Report on the working of the mental hospitals for Indians in Bihar and Orissa - 1925-1929
Year: 1925
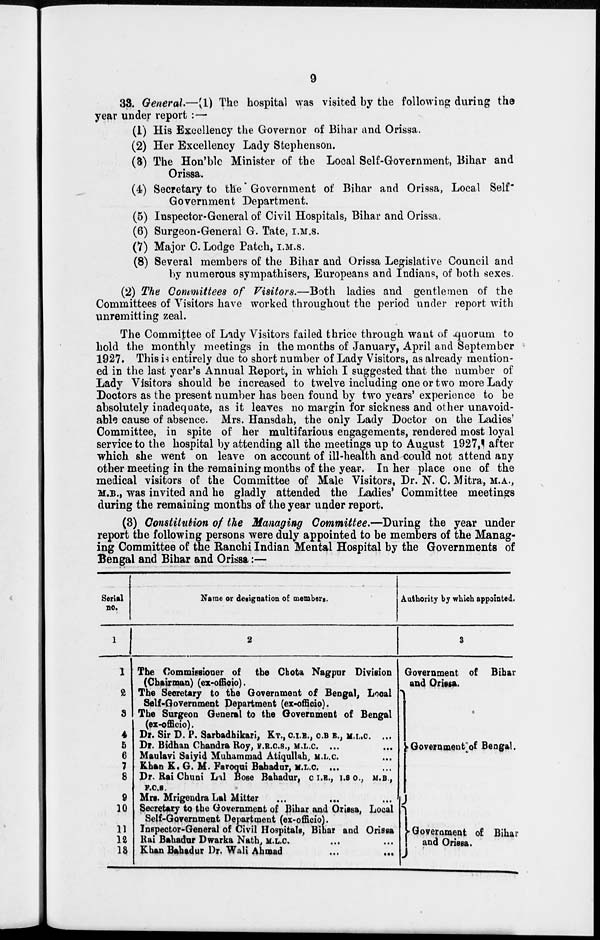
9
33. General.—(1) The hospital was visited by the following during the
year under report :—
(1) His Excellency the Governor of Bihar and Orissa.
(2) Her Excellency Lady Stephenson.
(3) The Hon'ble Minister of the Local Self-Government, Bihar and
Orissa.
(4) Secretary to the Government of Bihar and Orissa, Local Self-
Government Department.
(5) Inspector-General of Civil Hospitals, Bihar and Orissa.
(6) Surgeon-General G. Tate, I.M.S.
(7) Major C.Lodge Patch, I.M.S.
(8) Several members of the Bihar and Orissa Legislative Council and
by numerous sympathisers, Europeans and Indians, of both sexes.
(2) The Committees of Visitors.—Both ladies and gentlemen of the
Committees of Visitors have worked throughout the period under report with
unremitting zeal.
The Committee of Lady Visitors failed thrice through want of quorum to
hold the monthly meetings in the months of January, April and September
1927. This is entirely due to short number of Lady Visitors, as already mention-
ed in the last year's Annual Report, in which I suggested that the number of
Lady Visitors should be increased to twelve including one or two more Lady
Doctors as the present number has been found by two years' experience to be
absolutely inadequate, as it leaves no margin for sickness and other unavoid-
able cause of absence. Mrs. Hansdah, the only Lady Doctor on the Ladies'
Committee, in spite of her multifarious engagements, rendered most loyal
service to the hospital by attending all the meetings up to August 1927, after
which she went on leave on account of ill-health and could not attend any
other meeting in the remaining months of the year. In her place one of the
medical visitors of the Committee of Male Visitors, Dr. N. C. Mitra, M.A.,
M.B., was invited and he gladly attended the Ladies' Committee meetings
during the remaining months of the year under report.
(3) Constitution of the Managing Committee.—During the year under
report the following persons were duly appointed to be members of the Manag-
ing Committee of the Ranchi Indian Mental Hospital by the Governments of
Bengal and Bihar and Orissa:—
Serial
no.
1
1
2
3
4
5
6
7
8
9
10
11
12
13
Name or designation of members.
2
The Commissioner of the Chota Nagpur Division
(Chairman) (ex-officio).
The Secretary to the Government of Bengal, Local
Self-Government Department (ex-officio).
The Surgeon General to the Government of Bengal
(ex-officio).
Dr. Sir D. P. Sarbadhikari, KT., C.I.E., C.B.E., M.L.C. ...
Dr. Bidhan Chandra Roy, F.R.C.S., M.L.C. ...
...
Maulavi Saiyid Muhammad Atiqullah, M.L.C. ...
Khan K. G. M. Faroqui Bahadur, M.L.C. ... ...
Dr. Rai Chuni Lal Bose Bahadur, C.I.E., I.S.O., M.B.,
F.C.S.
Mrs. Mrigendra Lal Mitter
...
...
...
Secretary to the Government of Bihar and Orissa, Local
Self-Government Department (ex-officio).
Inspector-General of Civil Hospitals, Bihar and Orissa
Rai Bahadur Dwarka Nath, M.L.C. ... ...
Khan Bahadur Dr. Wali Ahmad ... ...
Authority by which appointed.
3
Government of Bihar
and Orissa.
Government of Bengal.
Government of Bihar
and Orissa.